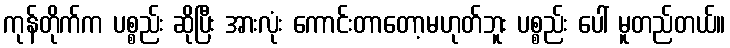
ကုန်တိုက်က ပစ္စည်း ဆိုပြီး အားလုံး ကောင်းတာတော့မဟုတ်ဘူး ပစ္စည်း ပေါ် မူတည်တယ်။